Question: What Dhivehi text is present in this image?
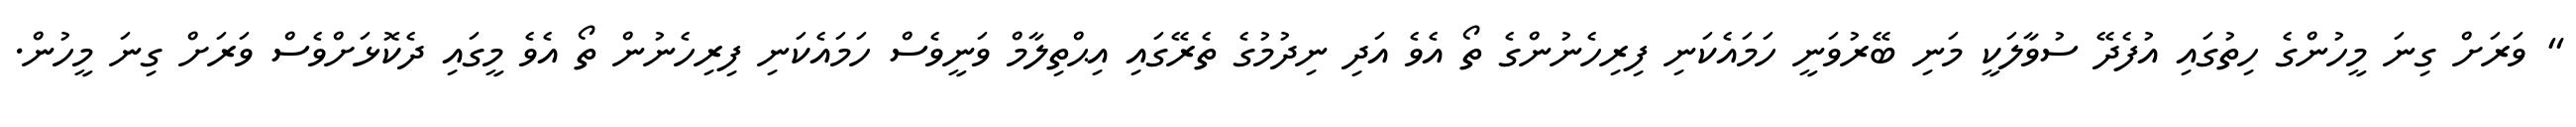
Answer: " ވަރަށް ގިނަ މީހުންގެ ހިތުގައި އުފެދޭ ސުވާލަކީ މަނި ބޭރުވަނީ ހަމައެކަނި ފިރިހެނުންގެ ތޯ އެވެ އަދި ނިދުމުގެ ތެރޭގައި އިޙްތިލާމް ވަނީވެސް ހަމައެކަނި ފިރިހެނުން ތޯ އެވެ މީގައި ދެކޮޅަށްވެސް ވަރަށް ގިނަ މީހުން.